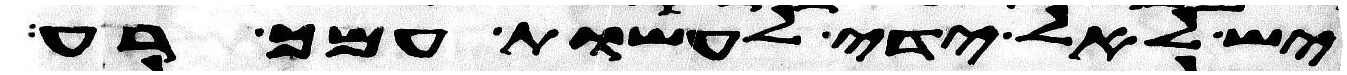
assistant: יש לאל ידי לעשות עמך רע